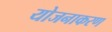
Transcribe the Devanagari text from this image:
योजनाकरण